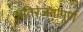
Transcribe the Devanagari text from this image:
अतिरंजनापूर्ण